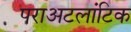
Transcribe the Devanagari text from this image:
पराअटलांटिक